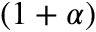
( 1 + \alpha )